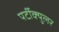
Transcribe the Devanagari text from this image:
पर्टीक्युलर